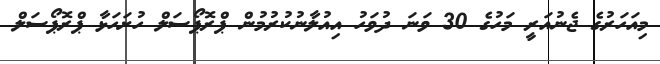
މިއަހަރުގެ ޖެނުއަރީ މަހުގެ 30 ވަނަ ދުވަހު އިއުލާނުކުރުމުން ޕްރޮޕޯސަލް ހުށަހަޅާ ޕްރޮޕޯސަލް